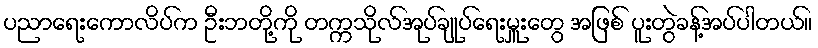
ပညာရေးကောလိပ်က ဦးဘတို့ကို တက္ကသိုလ်အုပ်ချုပ်ရေးမှူးတွေ အဖြစ် ပူးတွဲခန့်အပ်ပါတယ်။